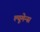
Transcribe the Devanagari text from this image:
ल्यूमेन्स